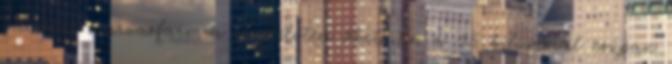
gálosfai szarvasfarmra szállította őket. Én a 45 kilómmal csupán